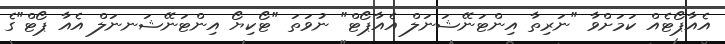
އެއާޕޯޓެއް ކަމަށްވާ "ނަރިތާ އިންޓަނޭޝަނަލް އެއާޕޯޓް" ނުވަތަ "ޓޯކިޔޯ އިންޓަނޭޝަނނަލް އެއާ ޕޯޓް"ގެ